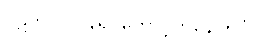
ဝဋ်ကိုပင်ပြန်၍ တောင့်တနေကြပုံ။